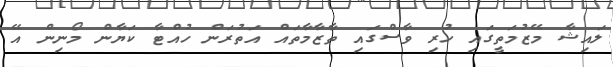
ލައިޝާ މޭޒުމަތީގައި ހުރި ވާސްގައި ތާޒާމާތައް އަތުރަން ހުއްޓާ ކަޔާން މޯނިން އޭ